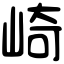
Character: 崎